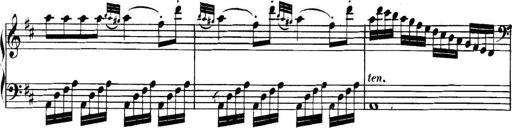
Title: Collected Piano Sonatas
Composer: Muzio Clementi